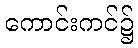
ကောင်းကင်၌